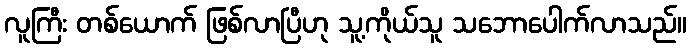
လူကြီး တစ်ယောက် ဖြစ်လာပြီဟု သူ့ကိုယ်သူ သဘောပေါက်လာသည်။